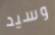
وسيد